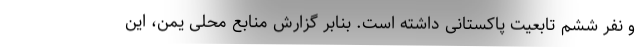
و نفر ششم تابعیت پاکستانی داشته است. بنابر گزارش منابع محلی یمن، این